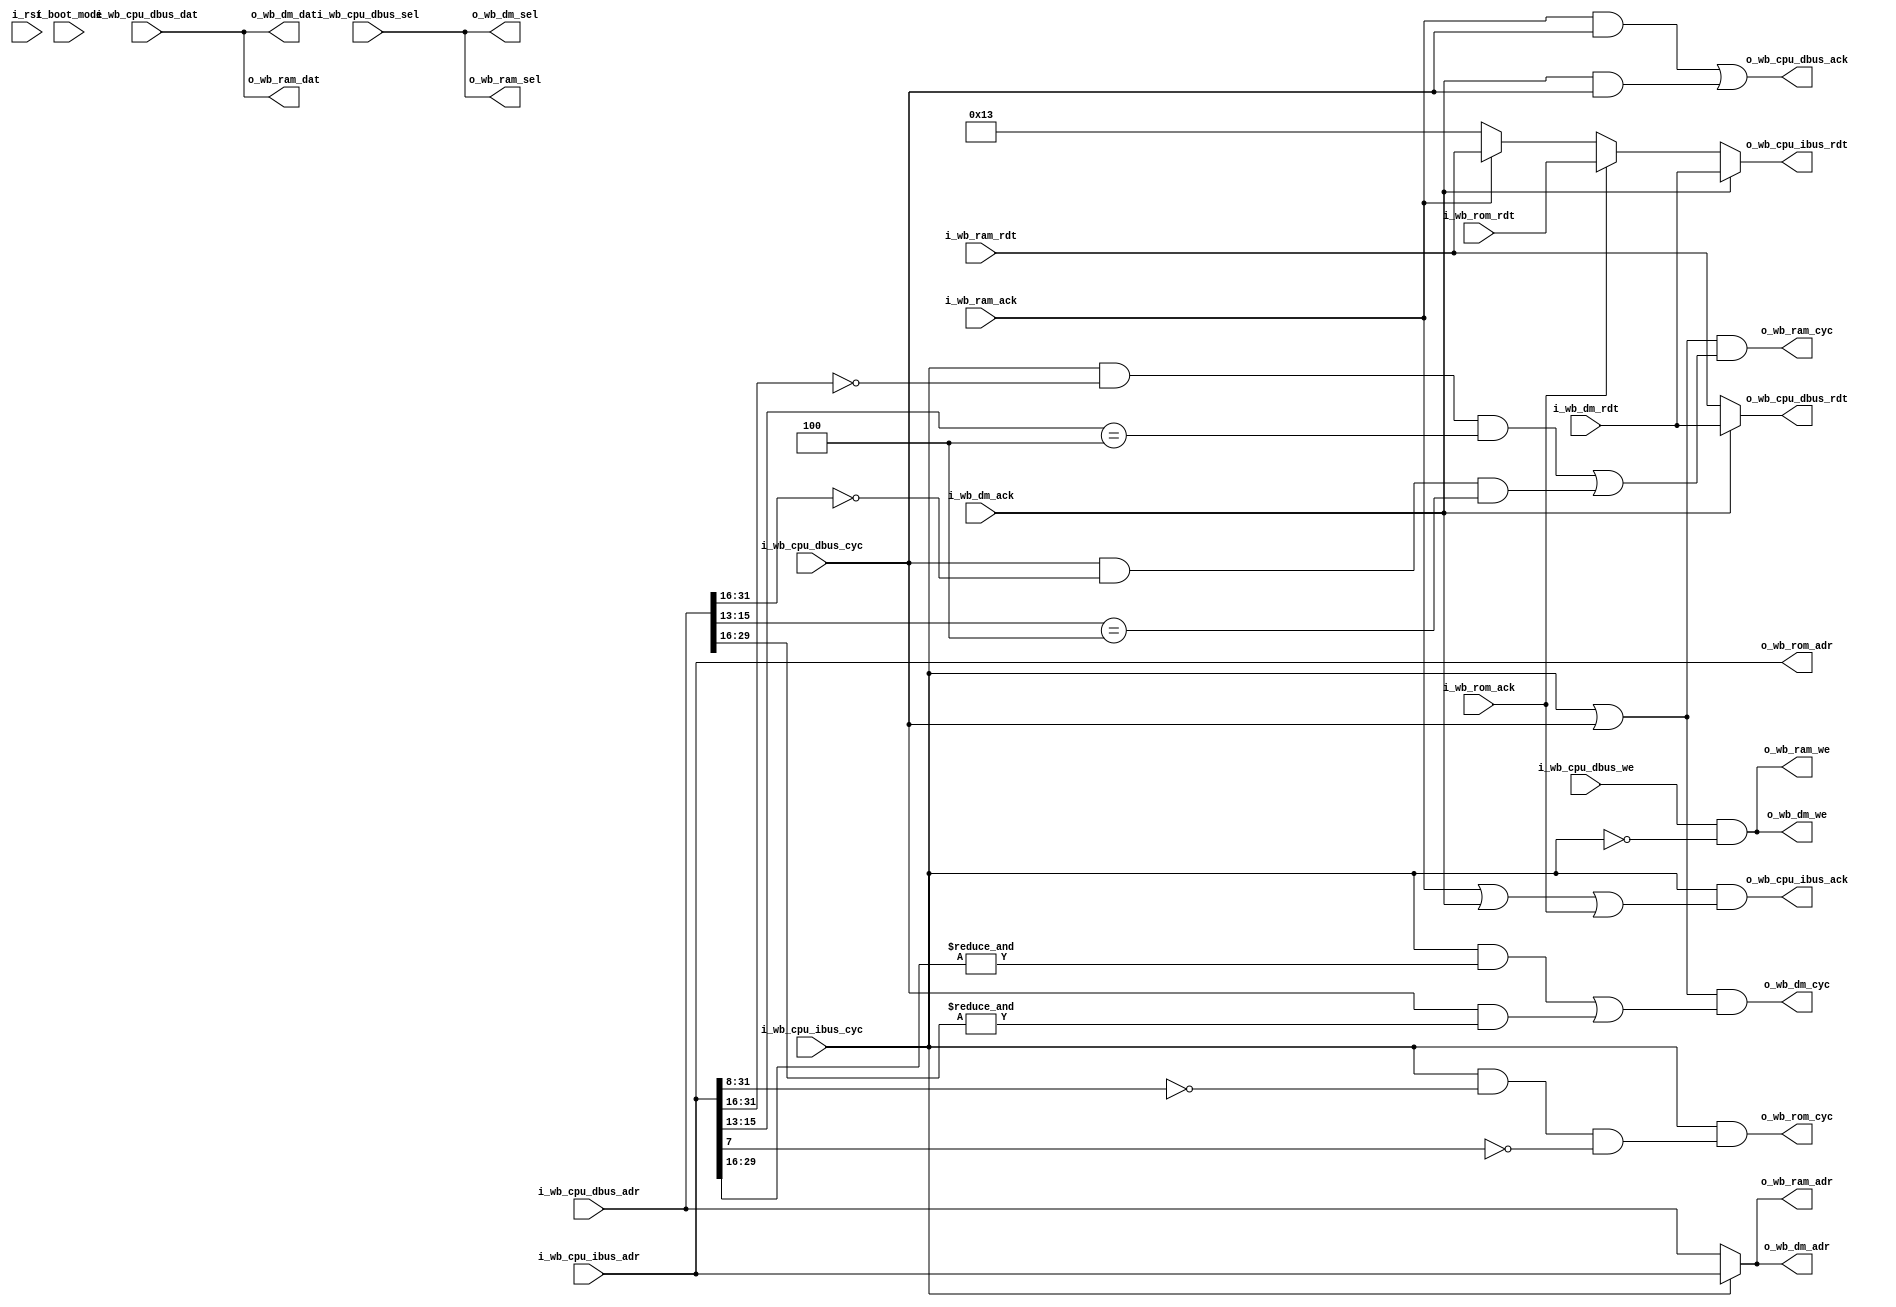
/* Arbitrates between dbus and ibus accesses.
 * Relies on the fact that not both masters are active at the same time
 */
module servant_arbiter
  (
   input wire         i_rst,
   input wire         i_boot_mode,
   // From CPU (MUX)
   input wire [31:0]  i_wb_cpu_dbus_adr,
   input wire [31:0]  i_wb_cpu_dbus_dat,
   input wire [3:0]   i_wb_cpu_dbus_sel,
   input wire 	      i_wb_cpu_dbus_we,
   input wire 	      i_wb_cpu_dbus_cyc,
   output wire [31:0] o_wb_cpu_dbus_rdt,
   output wire 	      o_wb_cpu_dbus_ack,
   // From CPU
   input wire [31:0]  i_wb_cpu_ibus_adr,
   input wire 	      i_wb_cpu_ibus_cyc,
   output wire [31:0] o_wb_cpu_ibus_rdt,
   output wire 	      o_wb_cpu_ibus_ack,
   // To debug module
   output wire [31:0] o_wb_dm_adr,
   output wire [31:0] o_wb_dm_dat,
   output wire [3:0]  o_wb_dm_sel,
   output wire        o_wb_dm_we,
   output wire        o_wb_dm_cyc,
   input  wire [31:0] i_wb_dm_rdt,
   input  wire        i_wb_dm_ack, 
   // To RAM
   output wire [31:0] o_wb_ram_adr,
   output wire [31:0] o_wb_ram_dat,
   output wire [3:0]  o_wb_ram_sel,
   output wire 	      o_wb_ram_we,
   output wire 	      o_wb_ram_cyc,
   input wire [31:0]  i_wb_ram_rdt,
   input wire 	      i_wb_ram_ack,
   // To ROM
   output wire [31:0] o_wb_rom_adr,
   output wire 	      o_wb_rom_cyc,
   input  wire [31:0] i_wb_rom_rdt,
   input  wire 	      i_wb_rom_ack
);
 
   localparam INSTR_NOP    = 32'h00000013; // NOP
   
   wire dm_sel = (i_wb_cpu_ibus_cyc && (&i_wb_cpu_ibus_adr[29:16])) ||
                 (i_wb_cpu_dbus_cyc && (&i_wb_cpu_dbus_adr[29:16]));
   wire rom_sel = i_wb_cpu_ibus_cyc && (i_wb_cpu_ibus_adr[31:8] == 24'h000000) && ~i_wb_cpu_ibus_adr[7];
   wire mem_sel = (i_wb_cpu_ibus_cyc && (i_wb_cpu_ibus_adr[31:16] == 16'h0000) && (i_wb_cpu_ibus_adr[15:13] == 3'b100)) ||
                  (i_wb_cpu_dbus_cyc && (i_wb_cpu_dbus_adr[31:16] == 16'h0000) && (i_wb_cpu_dbus_adr[15:13] == 3'b100));
//   wire mem_sel = (i_wb_cpu_ibus_cyc && (i_wb_cpu_ibus_adr[31:29] == 3'b010)) ||
//                  (i_wb_cpu_dbus_cyc && (i_wb_cpu_dbus_adr[31:29] == 3'b010));
//   wire boot_flash = i_wb_cpu_ibus_cyc && (i_wb_cpu_ibus_adr[31:8] == 24'h000000) && i_wb_cpu_ibus_adr[7];
   wire illegal = !(dm_sel || rom_sel || mem_sel);
   
//   wire [31:0] boot_flash_rdt = 32'h00000063;
//   wire        boot_flash_ack = boot_flash;
   
   assign o_wb_cpu_dbus_rdt = i_wb_dm_ack? i_wb_dm_rdt: i_wb_ram_rdt;
   assign o_wb_cpu_dbus_ack = (i_wb_ram_ack & i_wb_cpu_dbus_cyc) ||
                              (i_wb_dm_ack  & i_wb_cpu_dbus_cyc);

   assign o_wb_cpu_ibus_rdt = 
                              i_wb_dm_ack   ? i_wb_dm_rdt: 
                              i_wb_rom_ack  ? i_wb_rom_rdt:
                              i_wb_ram_ack  ? i_wb_ram_rdt: INSTR_NOP;
   assign o_wb_cpu_ibus_ack = i_wb_cpu_ibus_cyc && (i_wb_ram_ack || i_wb_dm_ack || i_wb_rom_ack);
   
   // Access instruction + data
   assign o_wb_ram_adr = i_wb_cpu_ibus_cyc ? i_wb_cpu_ibus_adr : i_wb_cpu_dbus_adr;
   assign o_wb_ram_dat = i_wb_cpu_dbus_dat;
   assign o_wb_ram_sel = i_wb_cpu_dbus_sel;
   assign o_wb_ram_we  = i_wb_cpu_dbus_we & !i_wb_cpu_ibus_cyc;
   assign o_wb_ram_cyc = (i_wb_cpu_ibus_cyc | i_wb_cpu_dbus_cyc) && mem_sel;

   assign o_wb_dm_adr = i_wb_cpu_ibus_cyc ? i_wb_cpu_ibus_adr : i_wb_cpu_dbus_adr;
   assign o_wb_dm_dat = i_wb_cpu_dbus_dat;
   assign o_wb_dm_sel = i_wb_cpu_dbus_sel;
   assign o_wb_dm_we  = i_wb_cpu_dbus_we & !i_wb_cpu_ibus_cyc;
   assign o_wb_dm_cyc = (i_wb_cpu_ibus_cyc | i_wb_cpu_dbus_cyc) && dm_sel; 
   
   // Access only instruction
   assign o_wb_rom_adr = i_wb_cpu_ibus_adr;
   assign o_wb_rom_cyc = i_wb_cpu_ibus_cyc && rom_sel;
   
endmodule